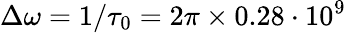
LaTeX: \Delta\omega=1/\tau_{0}=2\pi\times 0.28\cdot 10^{9}